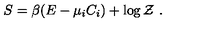
S = \beta ( E - \mu _ { i } C _ { i } ) + \log { \cal Z } \ .